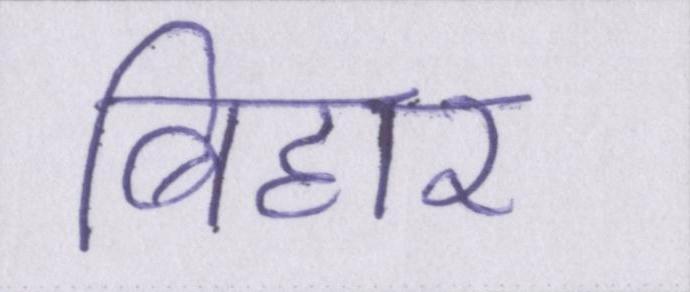
बिहार